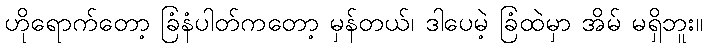
ဟိုရောက်တော့ ခြံနံပါတ်ကတော့ မှန်တယ်၊ ဒါပေမဲ့ ခြံထဲမှာ အိမ် မရှိဘူး။